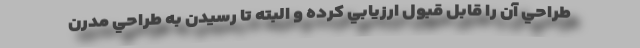
طراحي آن را قابل قبول ارزيابي كرده و البته تا رسيدن به طراحي مدرن